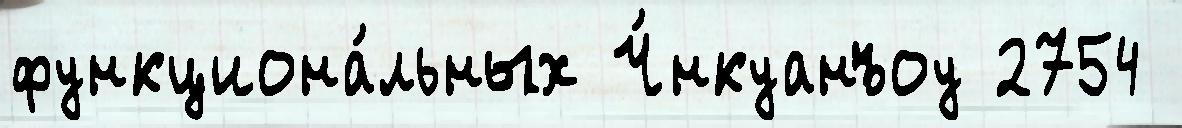
функциона́льных Ч́нкуанъоу 2754